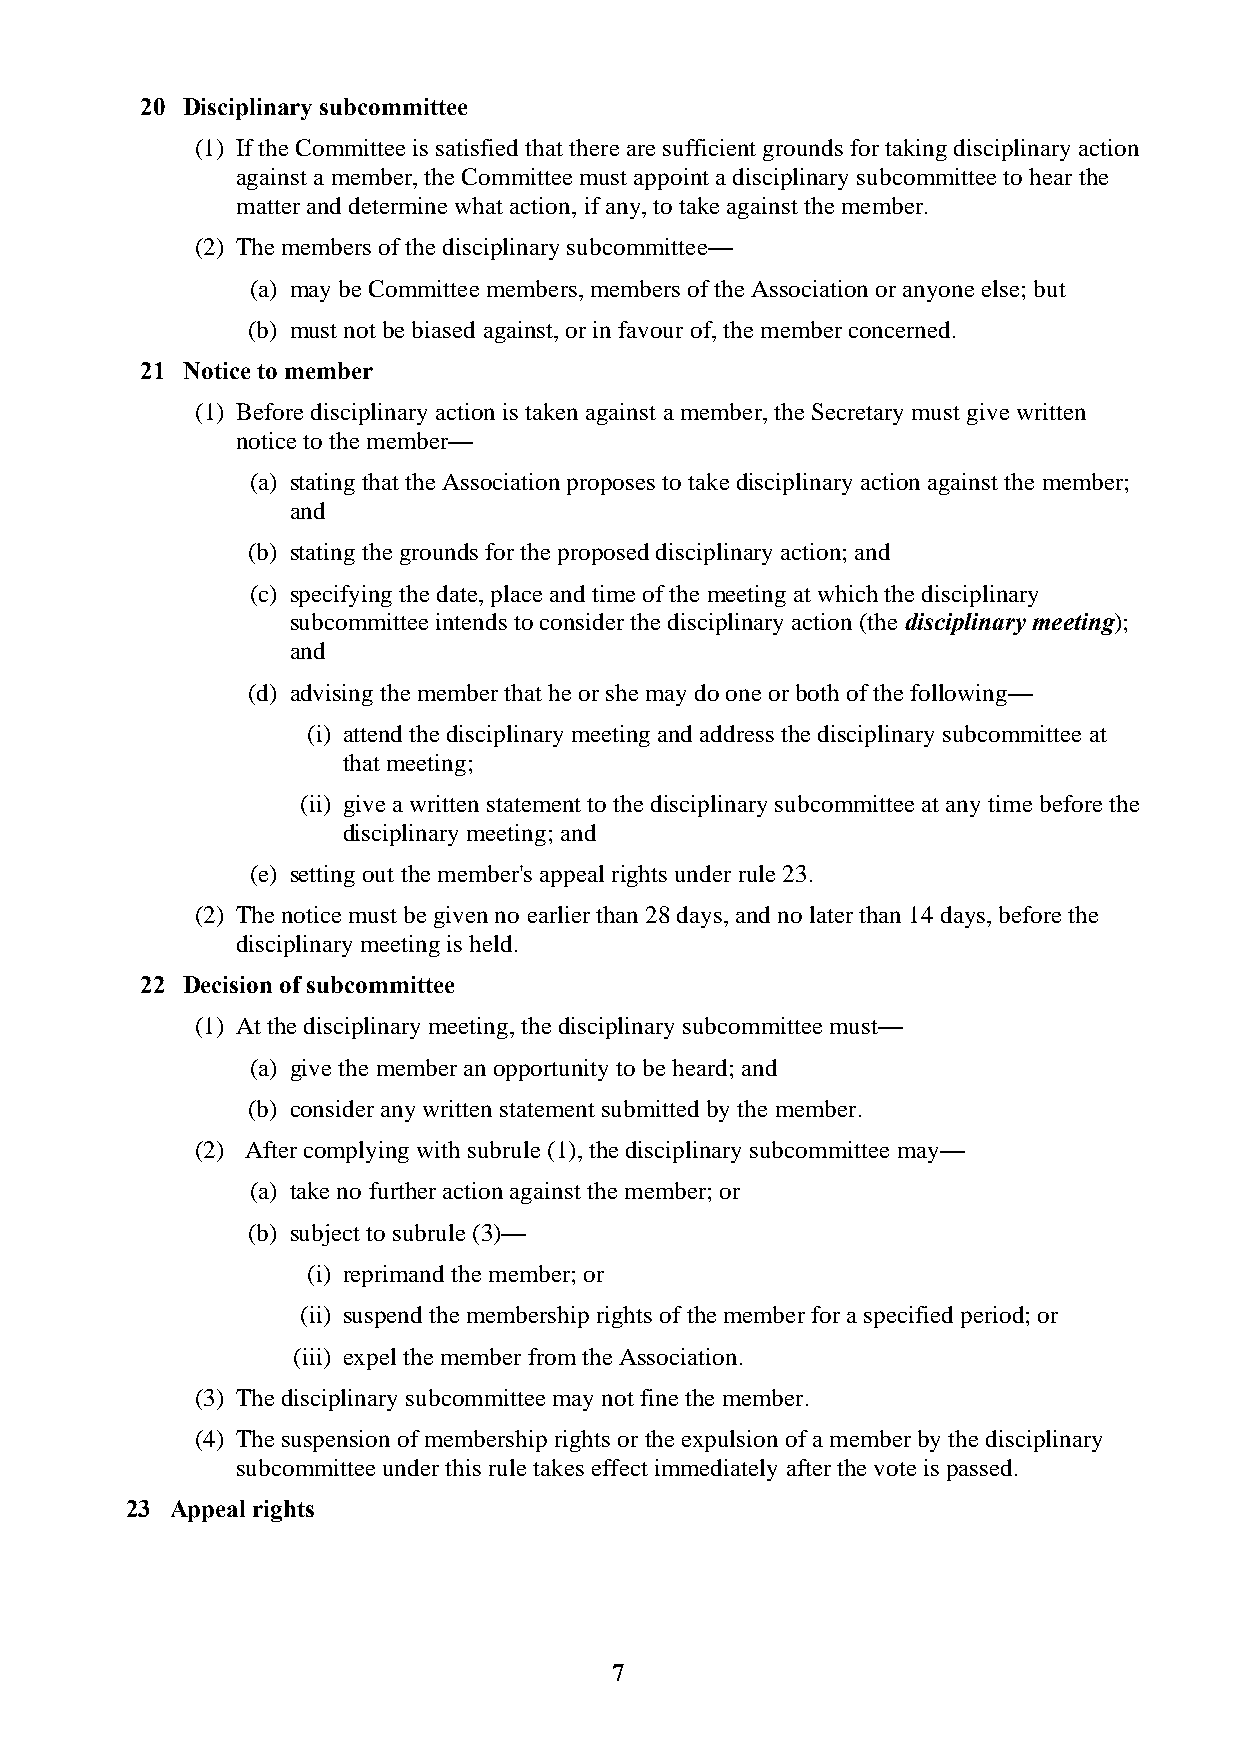
20 Disciplinary subcommittee
 (1) If the Committee is satisfied that there are sufficient grounds for taking disciplinary action
 against a member, the Committee must appoint a disciplinary subcommittee to hear the
 matter and determine what action, if any, to take against the member.
 (2) The members of the disciplinary subcommittee—
 (a) may be Committee members, members of the Association or anyone else; but
 (b) must not be biased against, or in favour of, the member concerned.
 21 Notice to member
 (1) Before disciplinary action is taken against a member, the Secretary must give written
 notice to the member—
 (a) stating that the Association proposes to take disciplinary action against the member;
 and
 (b) stating the grounds for the proposed disciplinary action; and
 (c) specifying the date, place and time of the meeting at which the disciplinary
 subcommittee intends to consider the disciplinary action (the disciplinary meeting);
 and
 (d) advising the member that he or she may do one or both of the following—
 (i) attend the disciplinary meeting and address the disciplinary subcommittee at
 that meeting;
 (ii) give a written statement to the disciplinary subcommittee at any time before the
 disciplinary meeting; and
 (e) setting out the member's appeal rights under rule 23.
 (2) The notice must be given no earlier than 28 days, and no later than 14 days, before the
 disciplinary meeting is held.
 22 Decision of subcommittee
 (1) At the disciplinary meeting, the disciplinary subcommittee must—
 (a) give the member an opportunity to be heard; and
 (b) consider any written statement submitted by the member.
 (2) After complying with subrule (1), the disciplinary subcommittee may—
 (a) take no further action against the member; or
 (b) subject to subrule (3)—
 (i) reprimand the member; or
 (ii) suspend the membership rights of the member for a specified period; or
 (iii) expel the member from the Association.
 (3) The disciplinary subcommittee may not fine the member.
 (4) The suspension of membership rights or the expulsion of a member by the disciplinary
 subcommittee under this rule takes effect immediately after the vote is passed.
 23 Appeal rights
 7